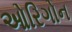
ઓરિગોન